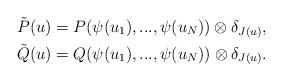
LaTeX: \begin{align*}\tilde{P}(u) &=P(\psi(u_1),...,\psi(u_N))\otimes\delta_{J(u)},\\\tilde{Q}(u) &=Q(\psi(u_1),...,\psi(u_N))\otimes\delta_{J(u)}.\end{align*}